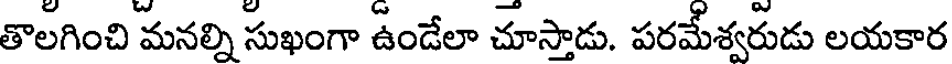
తొలగించి మనల్ని సుఖంగా ఉండేలా చూస్తాడు. పరమేశ్వరుడు లయకార